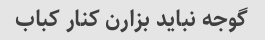
گوجه نباید بزارن کنار کباب